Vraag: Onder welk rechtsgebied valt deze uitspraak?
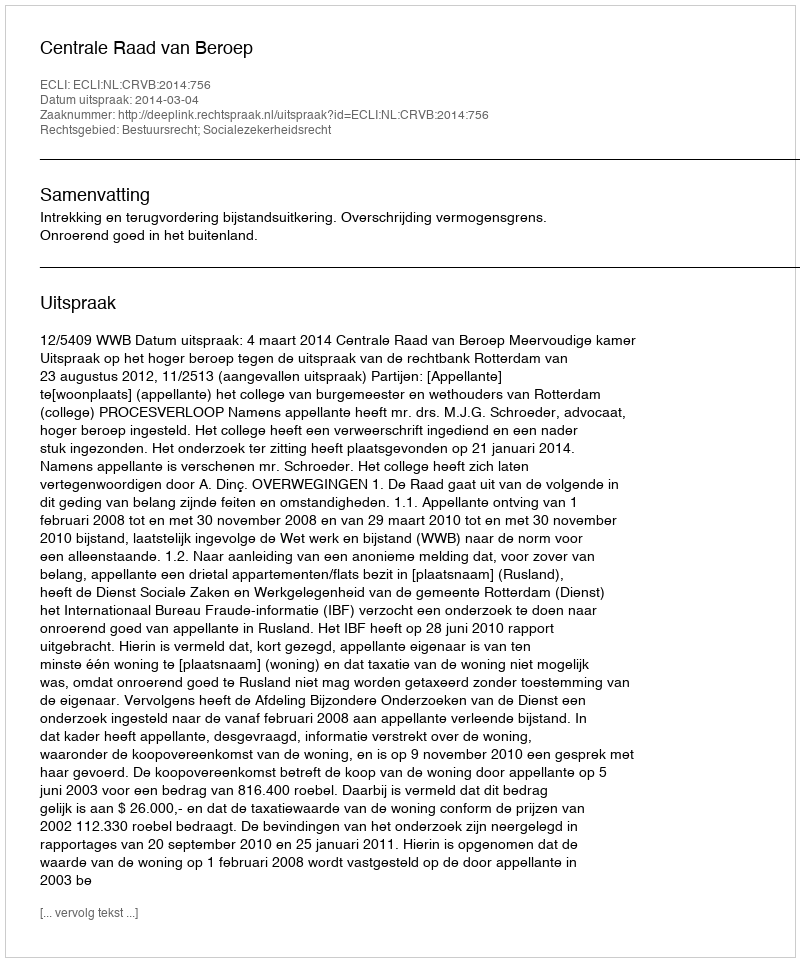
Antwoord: Bestuursrecht; Socialezekerheidsrecht